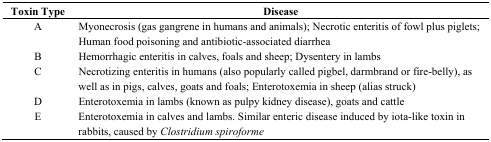
<table><thead><tr><td><b>Toxin Type</b></td><td><b>Disease</b></td></tr></thead><tbody><tr><td>A</td><td>Myonecrosis (gas gangrene in humans and animals); Necrotic enteritis of fowl plus piglets; Human food poisoning and antibiotic-associated diarrhea</td></tr><tr><td>B</td><td>Hemorrhagic enteritis in calves, foals and sheep; Dysentery in lambs</td></tr><tr><td>C</td><td>Necrotizing enteritis in humans (also popularly called pigbel, darmbrand or fire-belly), as well as in pigs, calves, goats and foals; Enterotoxemia in sheep (alias struck)</td></tr><tr><td>D</td><td>Enterotoxemia in lambs (known as pulpy kidney disease), goats and cattle</td></tr><tr><td>E</td><td>Enterotoxemia in calves and lambs. Similar enteric disease induced by iota-like toxin in rabbits, caused by <i>Clostridium spiroforme</i></td></tr></tbody></table>